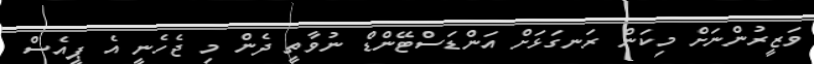
ވަޒީރުންނަށް މިކަން ރަނގަޅަށް އަންޑަސްޓޭންޑް ނުވާތީ ދެން މި ޖެހެނީ އެ ޕީއެސް